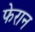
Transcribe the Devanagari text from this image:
फेरान